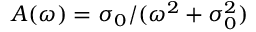
A ( \omega ) = \sigma _ { 0 } / ( \omega ^ { 2 } + \sigma _ { 0 } ^ { 2 } )